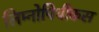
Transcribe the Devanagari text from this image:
लिम्नोपिथीकस